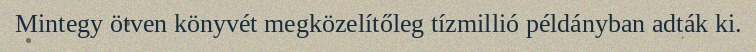
Mintegy ötven könyvét megközelítőleg tízmillió példányban adták ki.